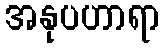
အနုပဟာရာ